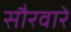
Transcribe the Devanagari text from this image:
सौरवारे